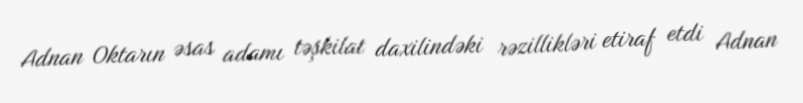
Adnan Oktarın əsas adamı təşkilat daxilindəki rəzillikləri etiraf etdi Adnan